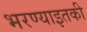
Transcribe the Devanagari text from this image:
भरण्याइतकी